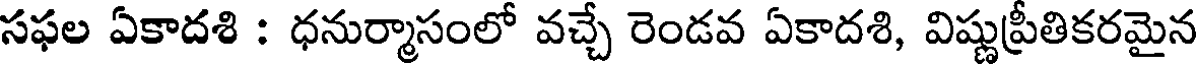
సఫల ఏకాదశి : ధనుర్మాసంలో వచ్చే రెండవ ఏకాదశి, విష్ణుప్రీతికరమైన